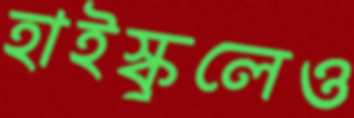
হাইস্কুলেও